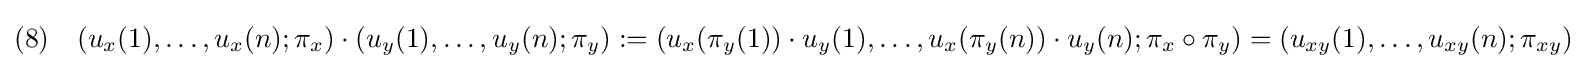
(8)\quad (u_{x}(1),\ldots ,u_{x}(n);\pi _{x})\cdot (u_{y}(1),\ldots ,u_{y}(n);\pi _{y}):=(u_{x}(\pi _{y}(1))\cdot u_{y}(1),\ldots ,u_{x}(\pi _{y}(n))\cdot u_{y}(n);\pi _{x}\circ \pi _{y})=(u_{xy}(1),\ldots ,u_{xy}(n);\pi _{xy})